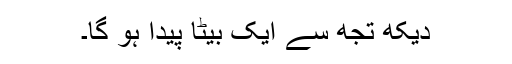
دیکھ تجھ سے ایک بیٹا پیدا ہو گا۔